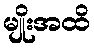
မျိုးအထိ